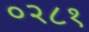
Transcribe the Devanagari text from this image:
०२८१